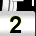
Digit: 2